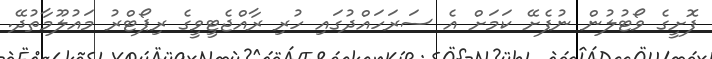
ފޮށީގެ ވޯޓުލުން ނުފެށޭ ކަމަށް އެ ސަރަހައްދުގައި ހުރި ރާއްޖެޓީވީގެ ރިޕޯޓްރު މައުލޫމާތުދޭ.